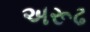
અરૂઢ